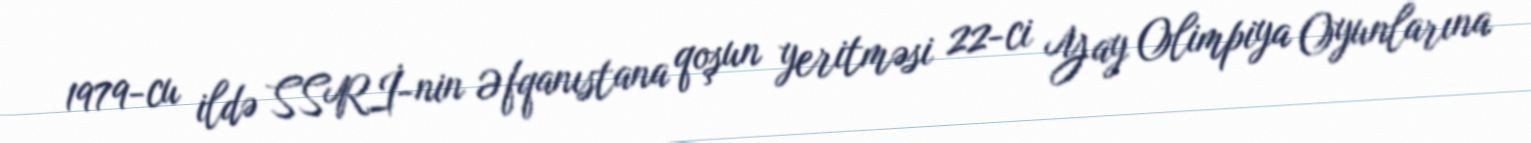
1979-cu ildə SSRİ-nin Əfqanıstana qoşun yeritməsi 22-ci Yay Olimpiya Oyunlarına